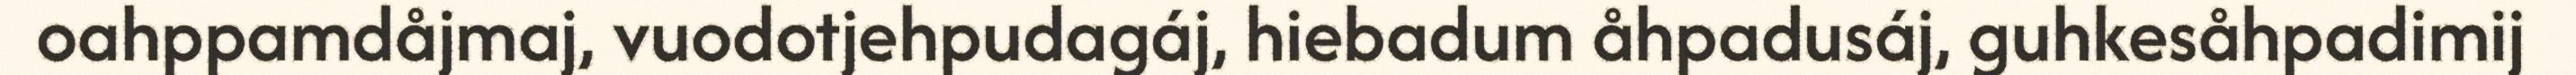
oahppamdåjmaj, vuodotjehpudagáj, hiebadum åhpadusáj, guhkesåhpadimij